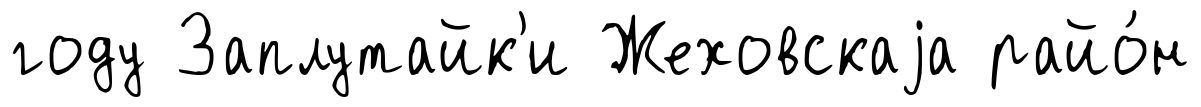
году Заплутайк'и Жеховскаjа райо́н